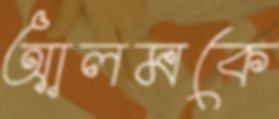
আলমকে